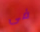
فى